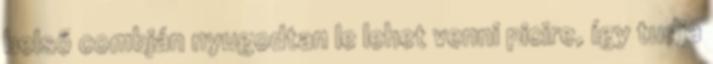
belső combján nyugodtan le lehet venni picire, így tudja